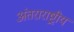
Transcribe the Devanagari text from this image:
अंतराराष्ट्रीय